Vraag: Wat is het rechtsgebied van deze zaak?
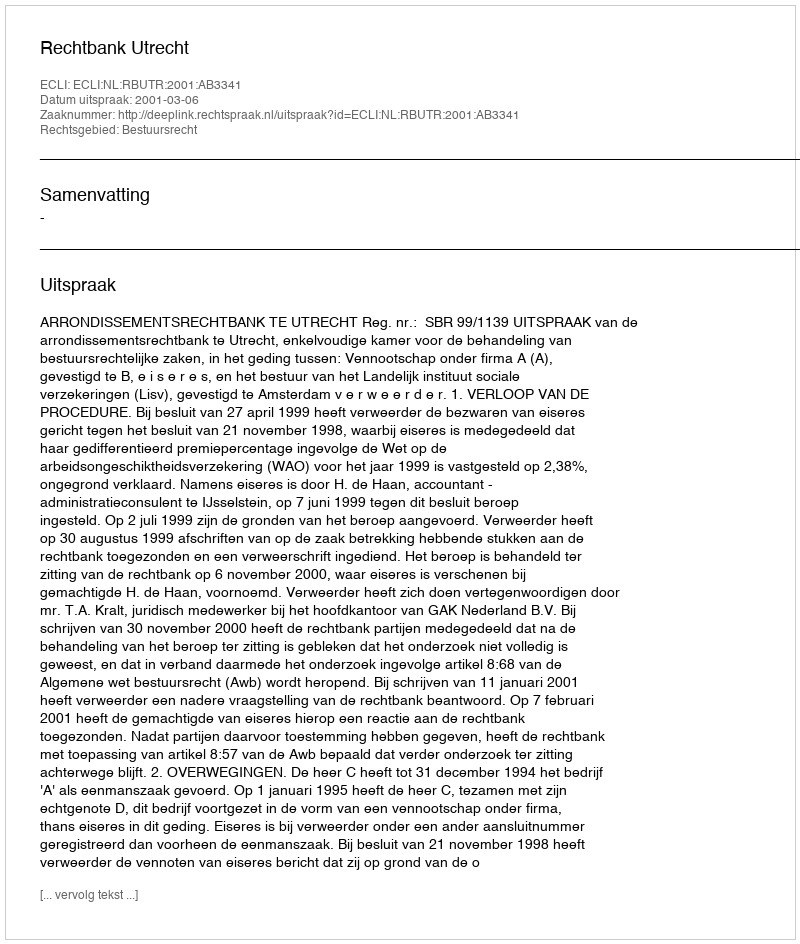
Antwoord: Bestuursrecht